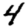
Digit: 4